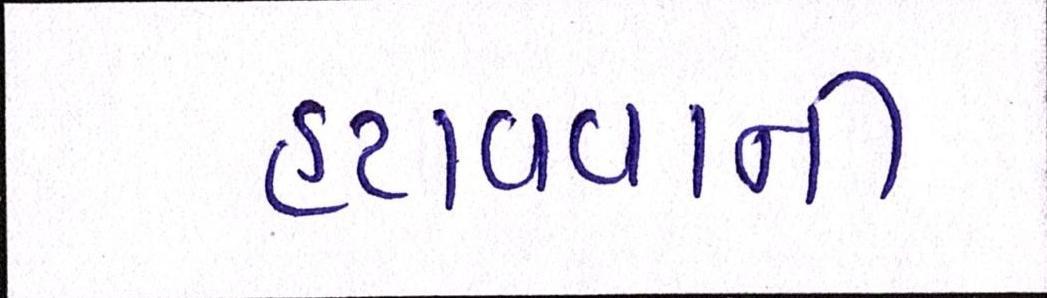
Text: હટાવવાની